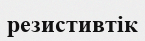
резистивтік